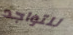
للتواجد